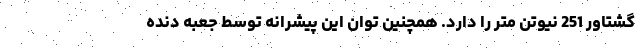
گشتاور 251 نیوتن متر را دارد. همچنین توان این پیشرانه توسط جعبه دنده